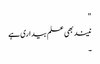
"
نیند بھی علم بیداری ہے
۔